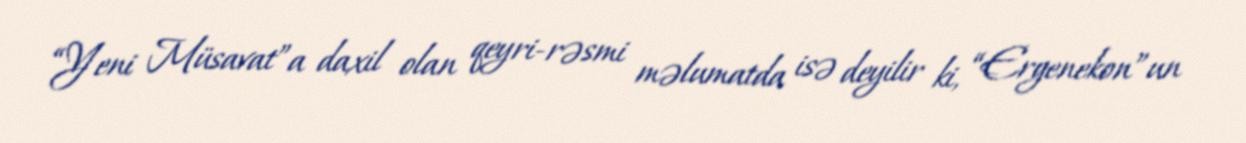
“Yeni Müsavat”a daxil olan qeyri-rəsmi məlumatda isə deyilir ki, “Ergenekon”un